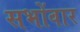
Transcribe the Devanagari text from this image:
सभोंवार